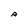
Character: A